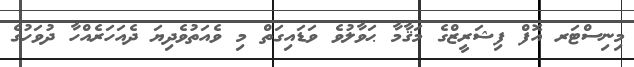
މިނިސްޓަރ އޮފް ފިޝަރީޒްގެ މަޤާމާ ޙަވާލުވެ ވަޑައިގަތް މި ވެއަތުވެދިޔަ ދެއަހަރެއްހާ ދުވަހުގެ